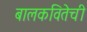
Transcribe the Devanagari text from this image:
बालकवितेची